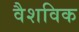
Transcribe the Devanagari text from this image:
वैशविक